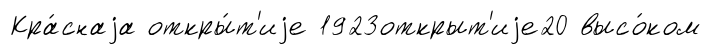
Кра́снаjа откры́т'иjе 1923открыт'иjе20 высо́ком